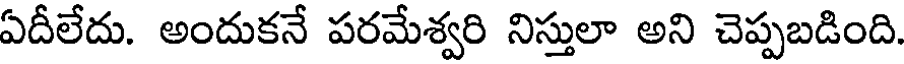
ఏదీలేదు. అందుకనే పరమేశ్వరి నిస్తులా అని చెప్పబడింది.